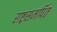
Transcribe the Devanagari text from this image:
राष्ट्रसमर्पित